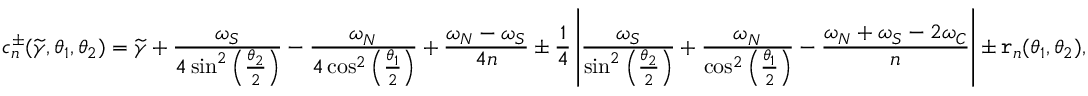
c _ { n } ^ { \pm } ( \widetilde { \gamma } , \theta _ { 1 } , \theta _ { 2 } ) = \widetilde { \gamma } + \frac { \omega _ { S } } { 4 \sin ^ { 2 } \left( \frac { \theta _ { 2 } } { 2 } \right) } - \frac { \omega _ { N } } { 4 \cos ^ { 2 } \left( \frac { \theta _ { 1 } } { 2 } \right) } + \frac { \omega _ { N } - \omega _ { S } } { 4 n } \pm \frac { 1 } { 4 } \left| \frac { \omega _ { S } } { \sin ^ { 2 } \left( \frac { \theta _ { 2 } } { 2 } \right) } + \frac { \omega _ { N } } { \cos ^ { 2 } \left( \frac { \theta _ { 1 } } { 2 } \right) } - \frac { \omega _ { N } + \omega _ { S } - 2 \omega _ { C } } { n } \right| \pm \mathtt { r } _ { n } ( \theta _ { 1 } , \theta _ { 2 } ) ,